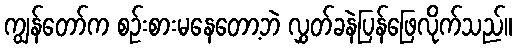
ကျွန်တော်က စဉ်းစားမနေတော့ဘဲ လွှတ်ခနဲပြန်ဖြေလိုက်သည်။